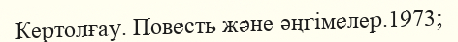
Кертолғау. Повесть және әңгімелер.1973;